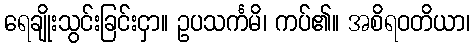
ရေချိုးသွင်းခြင်းငှာ။ ဥပသင်္ကမိ၊ ကပ်၏။ အစိရဝတိယာ၊